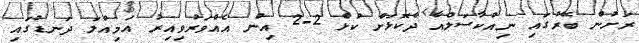
ރަށުން ބޭރުގައި ނިއުކާސަލްއާ ދެކޮޅަށް ކުޅެ 2-2 އިން އެއްވަރުވިއިރު އަމިއްލަ ދަނޑުގައި